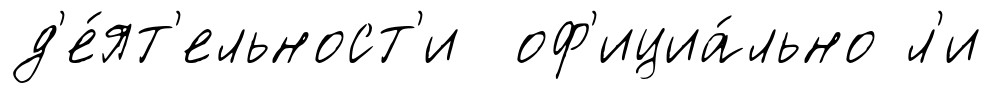
д'е́ят'ельност'и оф'ициа́льно л'и